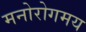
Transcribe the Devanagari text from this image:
मनोरोगमय